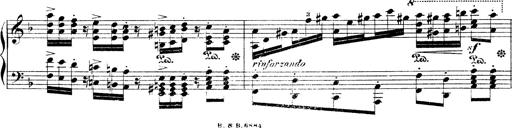
Title: Illustrations de l'opÃ©ra L'Africaine
Composer: Franz Liszt